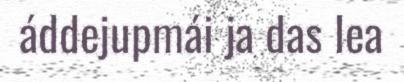
áddejupmái ja das lea